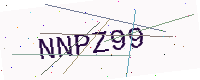
Text: NNPZ99